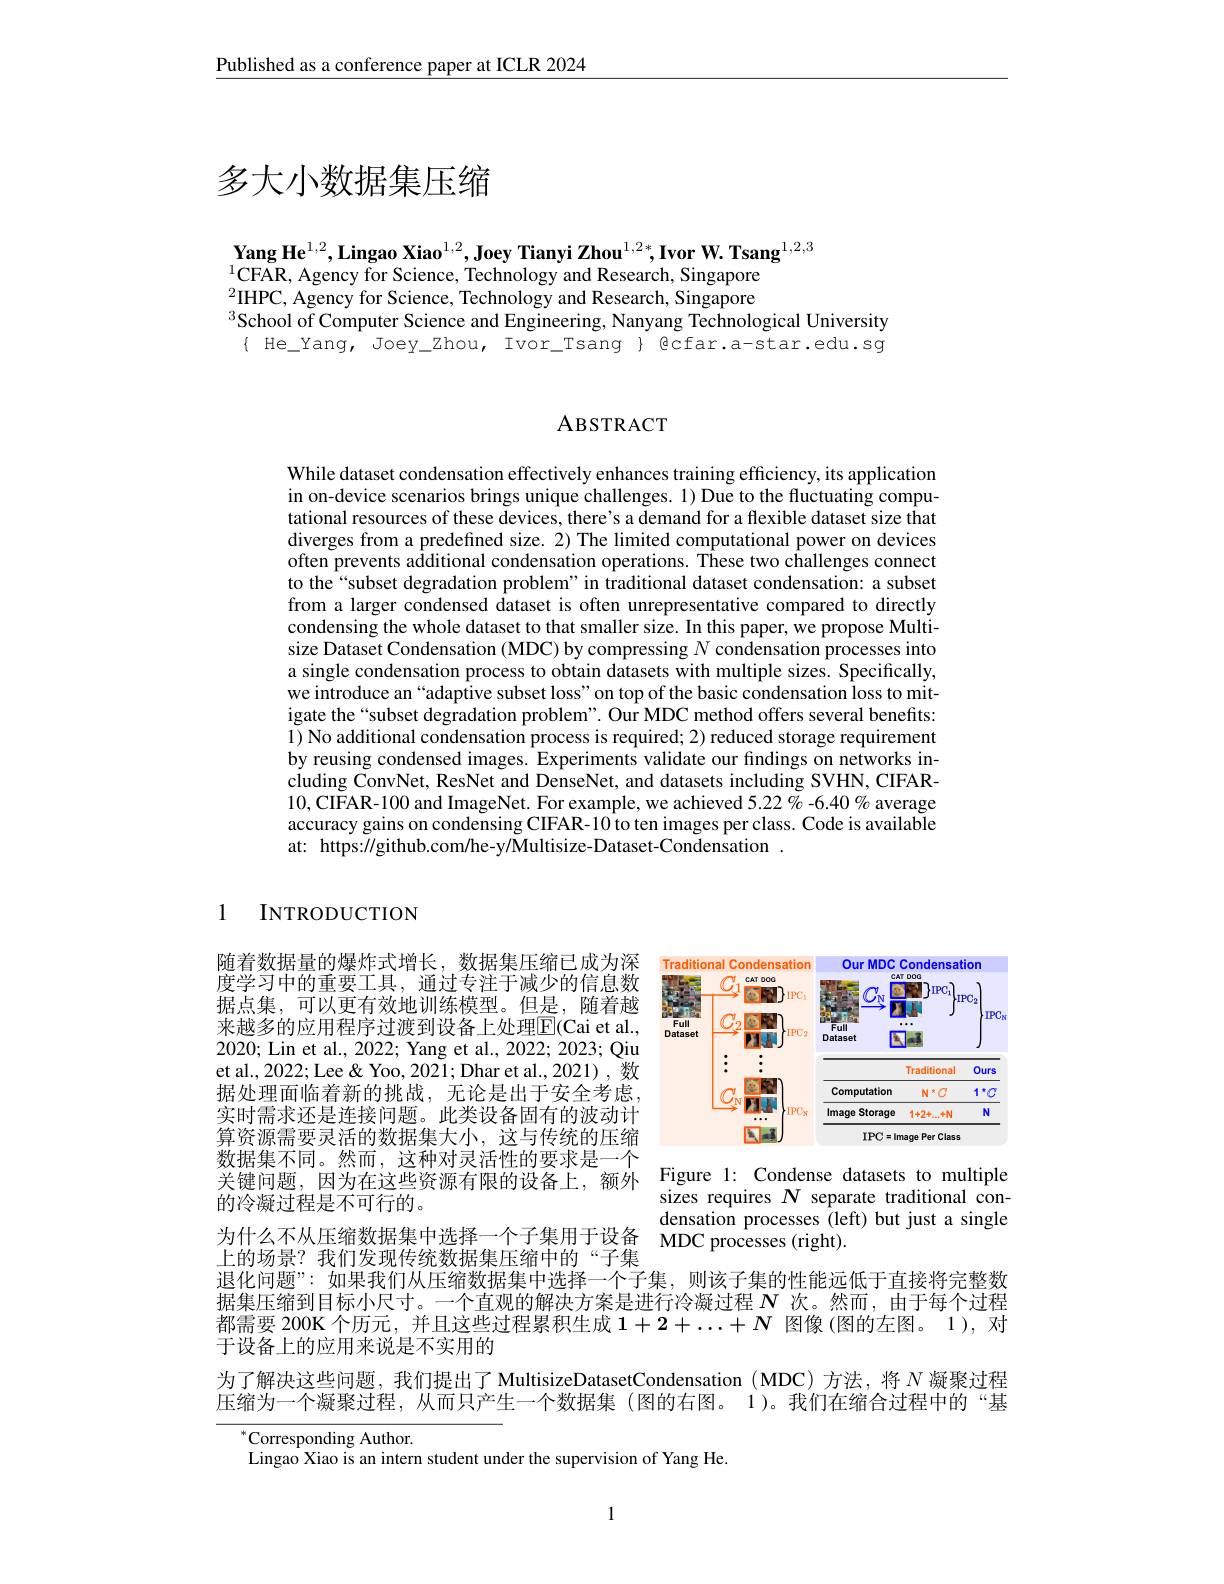
Published as a conference paper at ICLR 2024

# 多大小数据集压缩

$\mathbf{YangHe}^{1,2},\mathbf{Lingao~Xiao}^{1,2},\mathbf{Joey~Tianyi~Zhou}^{1,2*},\mathbf{Ivor~W.~Tsang}^{1,2,3}$
$^{1}$CFAR, Agency for Science, Technology and Research, Singapore $^{2}$IHPC, Agency for Science, Technology and Research, Singapore $^{3}$School of Computer Science and Engineering, Nanyang Technological University $\{$ He\_Yang, Joey\_zhou, Ivor\_Tsang $\}$ Qcfar.a-star.edu.sg

## ABSTRACT

While dataset condensation effectively enhances training efficiency, its application in on-device scenarios brings unique challenges. 1) Due to the fluctuating computational resources of these devices, there's a demand for a flexible dataset size that diverges from a predefined size. 2) The limited computational power on devices often prevents additional condensation operations. These two challenges connect to the“subset degradation problem”in traditional dataset condensation: a subset from a larger condensed dataset is often unrepresentative compared to directly condensing the whole dataset to that smaller size. In this paper, we propose Multisize Dataset Condensation (MDC) by compressing $N$ condensation processes into a single condensation process to obtain datasets with multiple sizes. Specifically, we introduce an“adaptive subset loss" on top of the basic condensation loss to mitigate the“subset degradation problem”. Our MDC method offers several benefits: $\tilde{1})$ No additional condensation process is required; 2) reduced storage requirement by reusing condensed images. $\hat{\text{Experiments validate our fındings on networks in-}}$ cluding $\tilde{\text{ConvNet,ResNet and DenseNet, and datasets including SVHN, CIFAR-}}$ 10,CIFAR- 100 and ImageNet. For example, we achieved 5. 22 \% - 6. 40 \% average accuracy gains on condensing CIFAR-10 to ten images per class. Code is available at: https://github.com/he-y/Multisize-Dataset-Condensation.

1 INTRODUCTION

<FigureHere>

随着数据量的爆炸式增长，数据集压缩已成为深度学习中的重要工具，通过专注于减少的信息数据点集，可以更有效地训练模型。但是，随着越来越多的应用程序过渡到设备上处理$\overline{\mathrm{E}}($Cai et al., 2020; Lin et al., 2022; Yang et al., 2022; 2023; Qiu et al., 2022; Lee & Yoo, 2021; Dhar et al., 2021) , 数据处理面临着新的挑战，无论是出于安全考虑， 实时需求还是连接问题。此类设备固有的波动计算资源需要灵活的数据集大小，这与传统的压缩数据集不同。然而，这种对灵活性的要求是一个关键问题，因为在这些资源有限的设备上，额外的冷凝过程是不可行的。
为什么不从压缩数据集中选择一个子集用于设备 MDC processes (right).
上的场景？我们发现传统数据集压缩中的“子集
退化问题”:如果我们从压缩数据集中选择一个子集，则该子集的性能远低于直接将完整数

Figure 1: Condense datasets to multiple sizes requires $N$ separate traditional condensation processes (left) but just a single

据集压缩到目标小尺寸。一个直观的解决方案是进行冷凝过程$N$次。然而，由于每个过程都需要 200K 个历元，并且这些过程累积生成$1+2+\ldots+N$图像(图的左图。1),对于设备上的应用来说是不实用的
为了解决这些问题，我们提出了 MultisizeDatasetCondensation ( MDC)方法，将$N$凝聚过程压缩为一个凝聚过程，从而只产生一个数据集 (图的右图。1)。我们在缩合过程中的“基
$^{*}$Corresponding Author.
Lingao Xiao is an intern student under the supervision of Yang He.

1